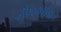
નીલકમલ